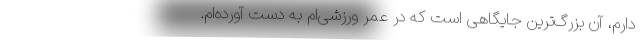
دارم، آن بزرگ‌ترین جایگاهی است که در عمر ورزشی‌ام به دست آورده‌ام.